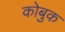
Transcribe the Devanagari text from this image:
कोबुक